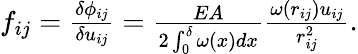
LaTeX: \begin{array}{r}{f_{ij}=\frac{\delta\phi_{ij}}{\delta u_{ij}}=\frac{EA}{2\int_{0}^{\delta}\omega(x)dx}\frac{\omega(r_{ij})u_{ij}}{r_{ij}^{2}}.}\end{array}